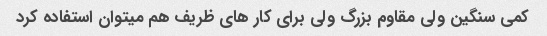
کمی سنگین ولی مقاوم بزرگ ولی برای کار های ظریف هم میتوان استفاده کرد